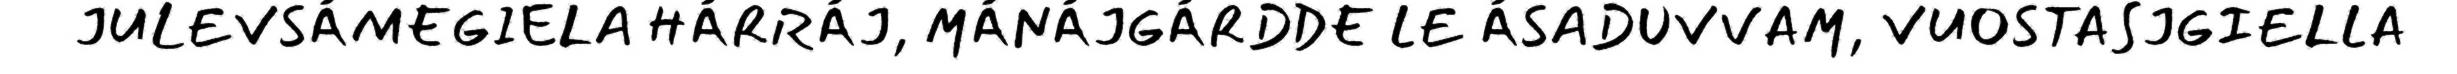
JULEVSÁMEGIELA HÁRRÁJ, MÁNÁJGÁRDDE LE ÁSADUVVAM, VUOSTASJGIELLA